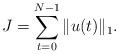
LaTeX: \begin{align*}J = \sum_{t=0}^{N-1} \|u(t)\|_1.\end{align*}